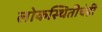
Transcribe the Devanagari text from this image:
लोकस्थितीचेही